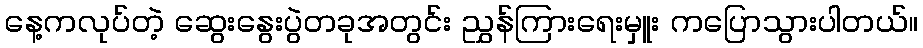
နေ့ကလုပ်တဲ့ ဆွေးနွေးပွဲတခုအတွင်း ညွှန်ကြားရေးမှူး ကပြောသွားပါတယ်။